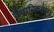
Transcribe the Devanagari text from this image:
वैचारिकतेला